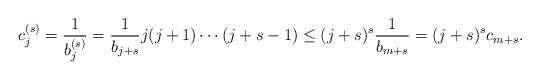
LaTeX: \begin{align*}c_{j}^{(s)}=\frac{1}{b_{j}^{(s)}}=\frac{1}{b_{j+s}}j(j+1)\cdots (j+s-1)\leq (j+s)^{s}\frac{1}{b_{m+s}}=(j+s)^{s}c_{m+s}.\end{align*}